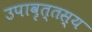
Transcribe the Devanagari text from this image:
उपावृत्तस्य